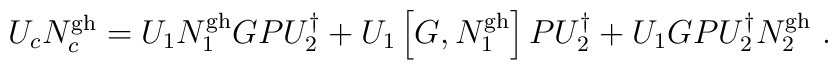
U_cN_c^{\rm gh}=U_1N_1^{\rm gh}GPU_2^\dagger +U_1\left[ G,N_1^{\rm gh}\right] PU_2^\dagger+U_1GPU_2^\dagger N_2^{\rm gh}\ .